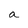
Character: a